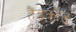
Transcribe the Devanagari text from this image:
हैंडकोड